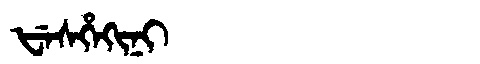
Manchu: ᡶᡝᠰᡥᡝᡴᡳᠨᡳ
Romanization: FESHEKINI